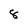
Character: 8